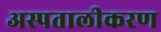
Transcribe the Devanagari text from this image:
अस्पतालीकरण